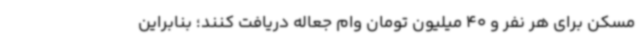
مسکن برای هر نفر و 40 میلیون تومان وام جعاله دریافت کنند؛ بنابراین